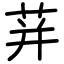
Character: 荓